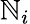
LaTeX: \mathbb{N}_{i}